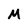
Character: M